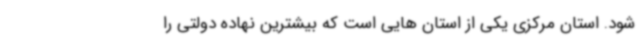
شود. استان مرکزی یکی از استان هایی است که بیشترین نهاده دولتی را